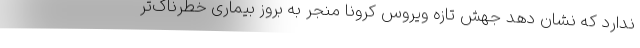
ندارد که نشان دهد جهش تازه ویروس کرونا منجر به بروز بیماری خطرناک‌تر